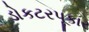
ડોકટરપૂકાર